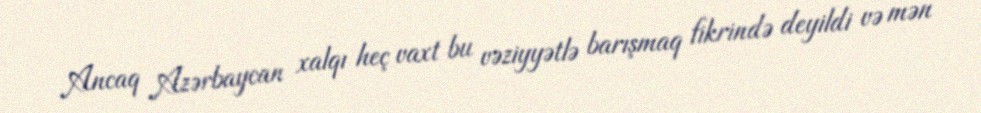
Ancaq Azərbaycan xalqı heç vaxt bu vəziyyətlə barışmaq fikrində deyildi və mən